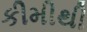
કીમીથી